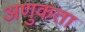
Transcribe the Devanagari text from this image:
अणुकता